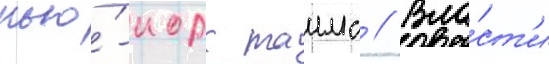
нью́-иорк таимс // Вла́ст'и